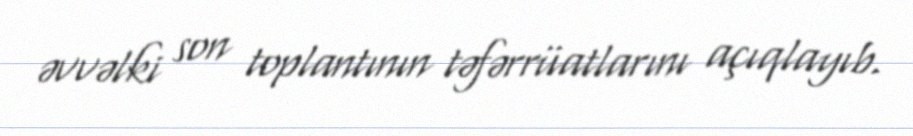
əvvəlki son toplantının təfərrüatlarını açıqlayıb.